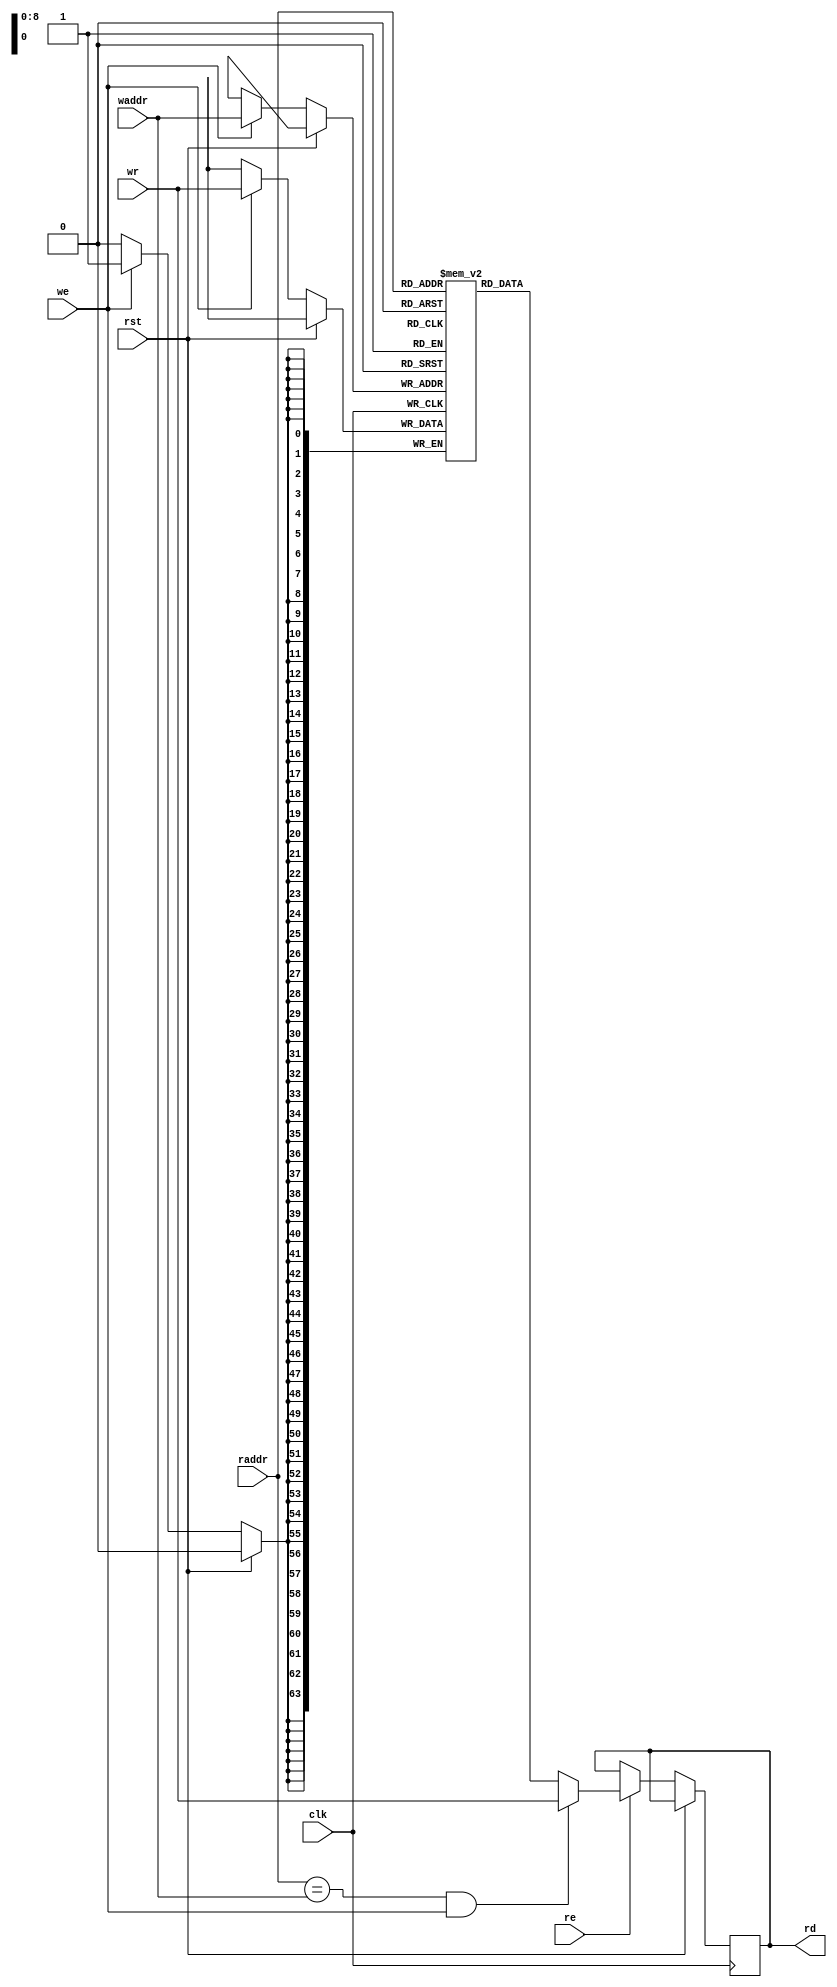
module ram_512_64(
    input wire clk,
    input wire rst,
    // Read port
    input wire [8:0] raddr,
    output wire [63:0] rd,
    input wire re,
    // Write port
    input wire [8:0] waddr,
    input wire [63:0] wr,
    input wire we
);

`ifdef SKY130
    reg rd_bypass_en;
    reg [63:0] rd_bypass;
    always @(posedge clk) begin
        rd_bypass <= wr;
        rd_bypass_en <= (raddr == waddr) && we;
    end

    wire [63:0] ram_rd;
    wire ram_re = (raddr != waddr) && re;

    sky130_sram_2kbyte_1rw1r_32x512_8 lo_mem(
        .clk0(clk),
        .csb0(!we),
        .web0(!we),
        .wmask0(4'hF),
        .addr0(waddr[8:0]),
        .din0(wr[31:0]),
        .dout0(),
        .clk1(clk),
        .csb1(!ram_re),
        .addr1(raddr[8:0]),
        .dout1(ram_rd[31:0])
    );

    sky130_sram_2kbyte_1rw1r_32x512_8 hi_mem(
        .clk0(clk),
        .csb0(!we),
        .web0(!we),
        .wmask0(4'hF),
        .addr0(waddr[8:0]),
        .din0(wr[63:32]),
        .dout0(),
        .clk1(clk),
        .csb1(!ram_re),
        .addr1(raddr[8:0]),
        .dout1(ram_rd[63:32])
    );

    /*sky130_sram_4kbyte_1r1w_64x512 mem(
        .clk0(clk),
        .csb0(!we),
        .addr0(waddr),
        .din0(wr),
        .clk1(clk),
        .csb1(!ram_re),
        .addr1(raddr),
        .dout1(ram_rd)
    );*/

    assign rd = rd_bypass_en ? rd_bypass : ram_rd;
`else
    reg [63:0] mem [0:511];
    reg [63:0] rd_reg;

    always @(posedge clk) begin
        if (!rst) begin
            if (re) begin
                if ((raddr == waddr) && we) begin
                    rd_reg <= wr;
                end
                else begin
                    rd_reg <= mem[raddr];
                end
            end
            // W
            if (we) begin
                mem[waddr] <= wr;
            end
        end
    end

    assign rd = rd_reg;
`endif

endmodule